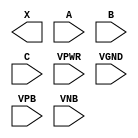
module sky130_fd_sc_lp__xor3 (
    X   ,
    A   ,
    B   ,
    C   ,
    VPWR,
    VGND,
    VPB ,
    VNB
);

    output X   ;
    input  A   ;
    input  B   ;
    input  C   ;
    input  VPWR;
    input  VGND;
    input  VPB ;
    input  VNB ;
endmodule